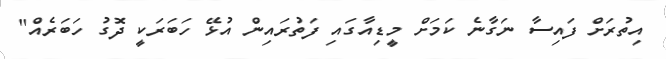
އިތުރަށް ފައިސާ ނަގާނެ ކަމަށް މީޑިއާގައި ފަތުރައިން އުޅޭ ހަބަރަކީ ދޮގު ހަބަރެއް"